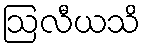
ဩလီယသိ